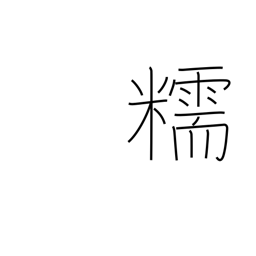
Meaning: glutinous rice